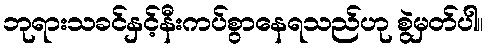
ဘုရားသခင်နှင့်နီးကပ်စွာနေရသည်ဟု စွဲမှတ်ပါ။